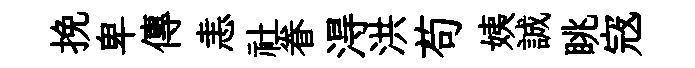
挽卑傳恚社眷淂洪苟姨誠眺𡨥